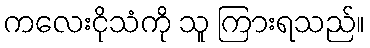
ကလေးငိုသံကို သူ ကြားရသည်။